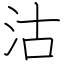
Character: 沽